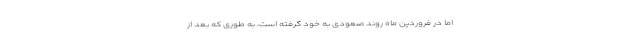
اما در فروردین ماه روند صعودی به خود گرفته است، به طوری که بعد از